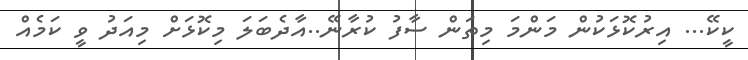
ކީކޭ... އިރުކޮޅަކުން މަންމަ މިތަން ސާފު ކުރާނޭ..އާދެބަލަ މިކޮޅަށް މިއަދު ވީ ކަމެއް